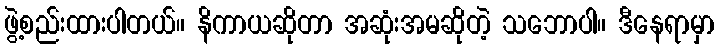
ဖွဲ့စည်းထားပါတယ်။ နိကာယဆိုတာ အဆုံးအမဆိုတဲ့ သဘောပါ။ ဒီနေရာမှာ